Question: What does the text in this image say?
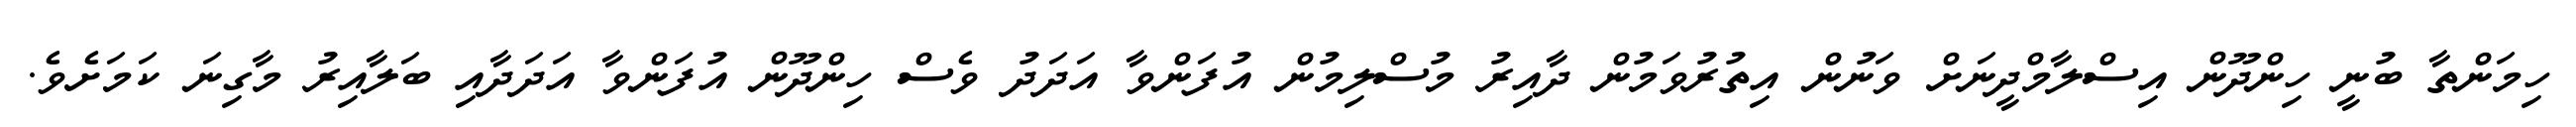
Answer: ހިމަންތާ ބުނީ ހިންދޫން އިސްލާމްދީނަށް ވަނުން އިތުރުވަމުން ދާއިރު މުސްލިމުން އުފަންވާ އަދަދު ވެސް ހިންދޫން އުފަންވާ އަދަދާއި ބަލާއިރު މާގިނަ ކަމަށެވެ.